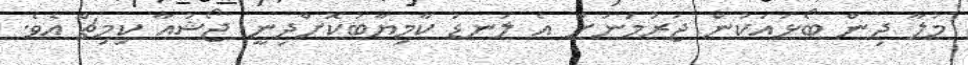
މުލާ ދިން ބޯޅައަކުން ޖަރުމަނަށް އެ ލަނޑު ކާމިޔާބުކޮށްދިނީ ޖޯޝުއާ ކިމިޗް އެވެ.